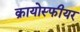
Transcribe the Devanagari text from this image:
क्रायोस्फीयर